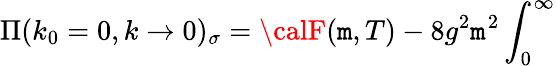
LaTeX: \Pi(k_{0}=0,k\to0)_{\sigma}={\calF}(\mathtt{m},T)-8g^{2}\mathtt{m}^{2}\int_{0}^{\infty}